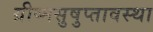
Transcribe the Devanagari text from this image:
ग्रीष्मसुषुप्तावस्था